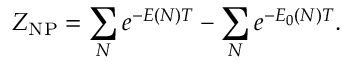
Z _ { \mathrm { N P } } = \sum _ { N } e ^ { - E ( N ) T } - \sum _ { N } e ^ { - E _ { 0 } ( N ) T } .